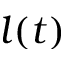
l ( t )